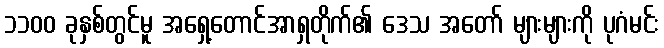
၁၁၀၀ ခုနှစ်တွင်မူ အရှေ့တောင်အာရှတိုက်၏ ဒေသ အတော် များများကို ပုဂံမင်း